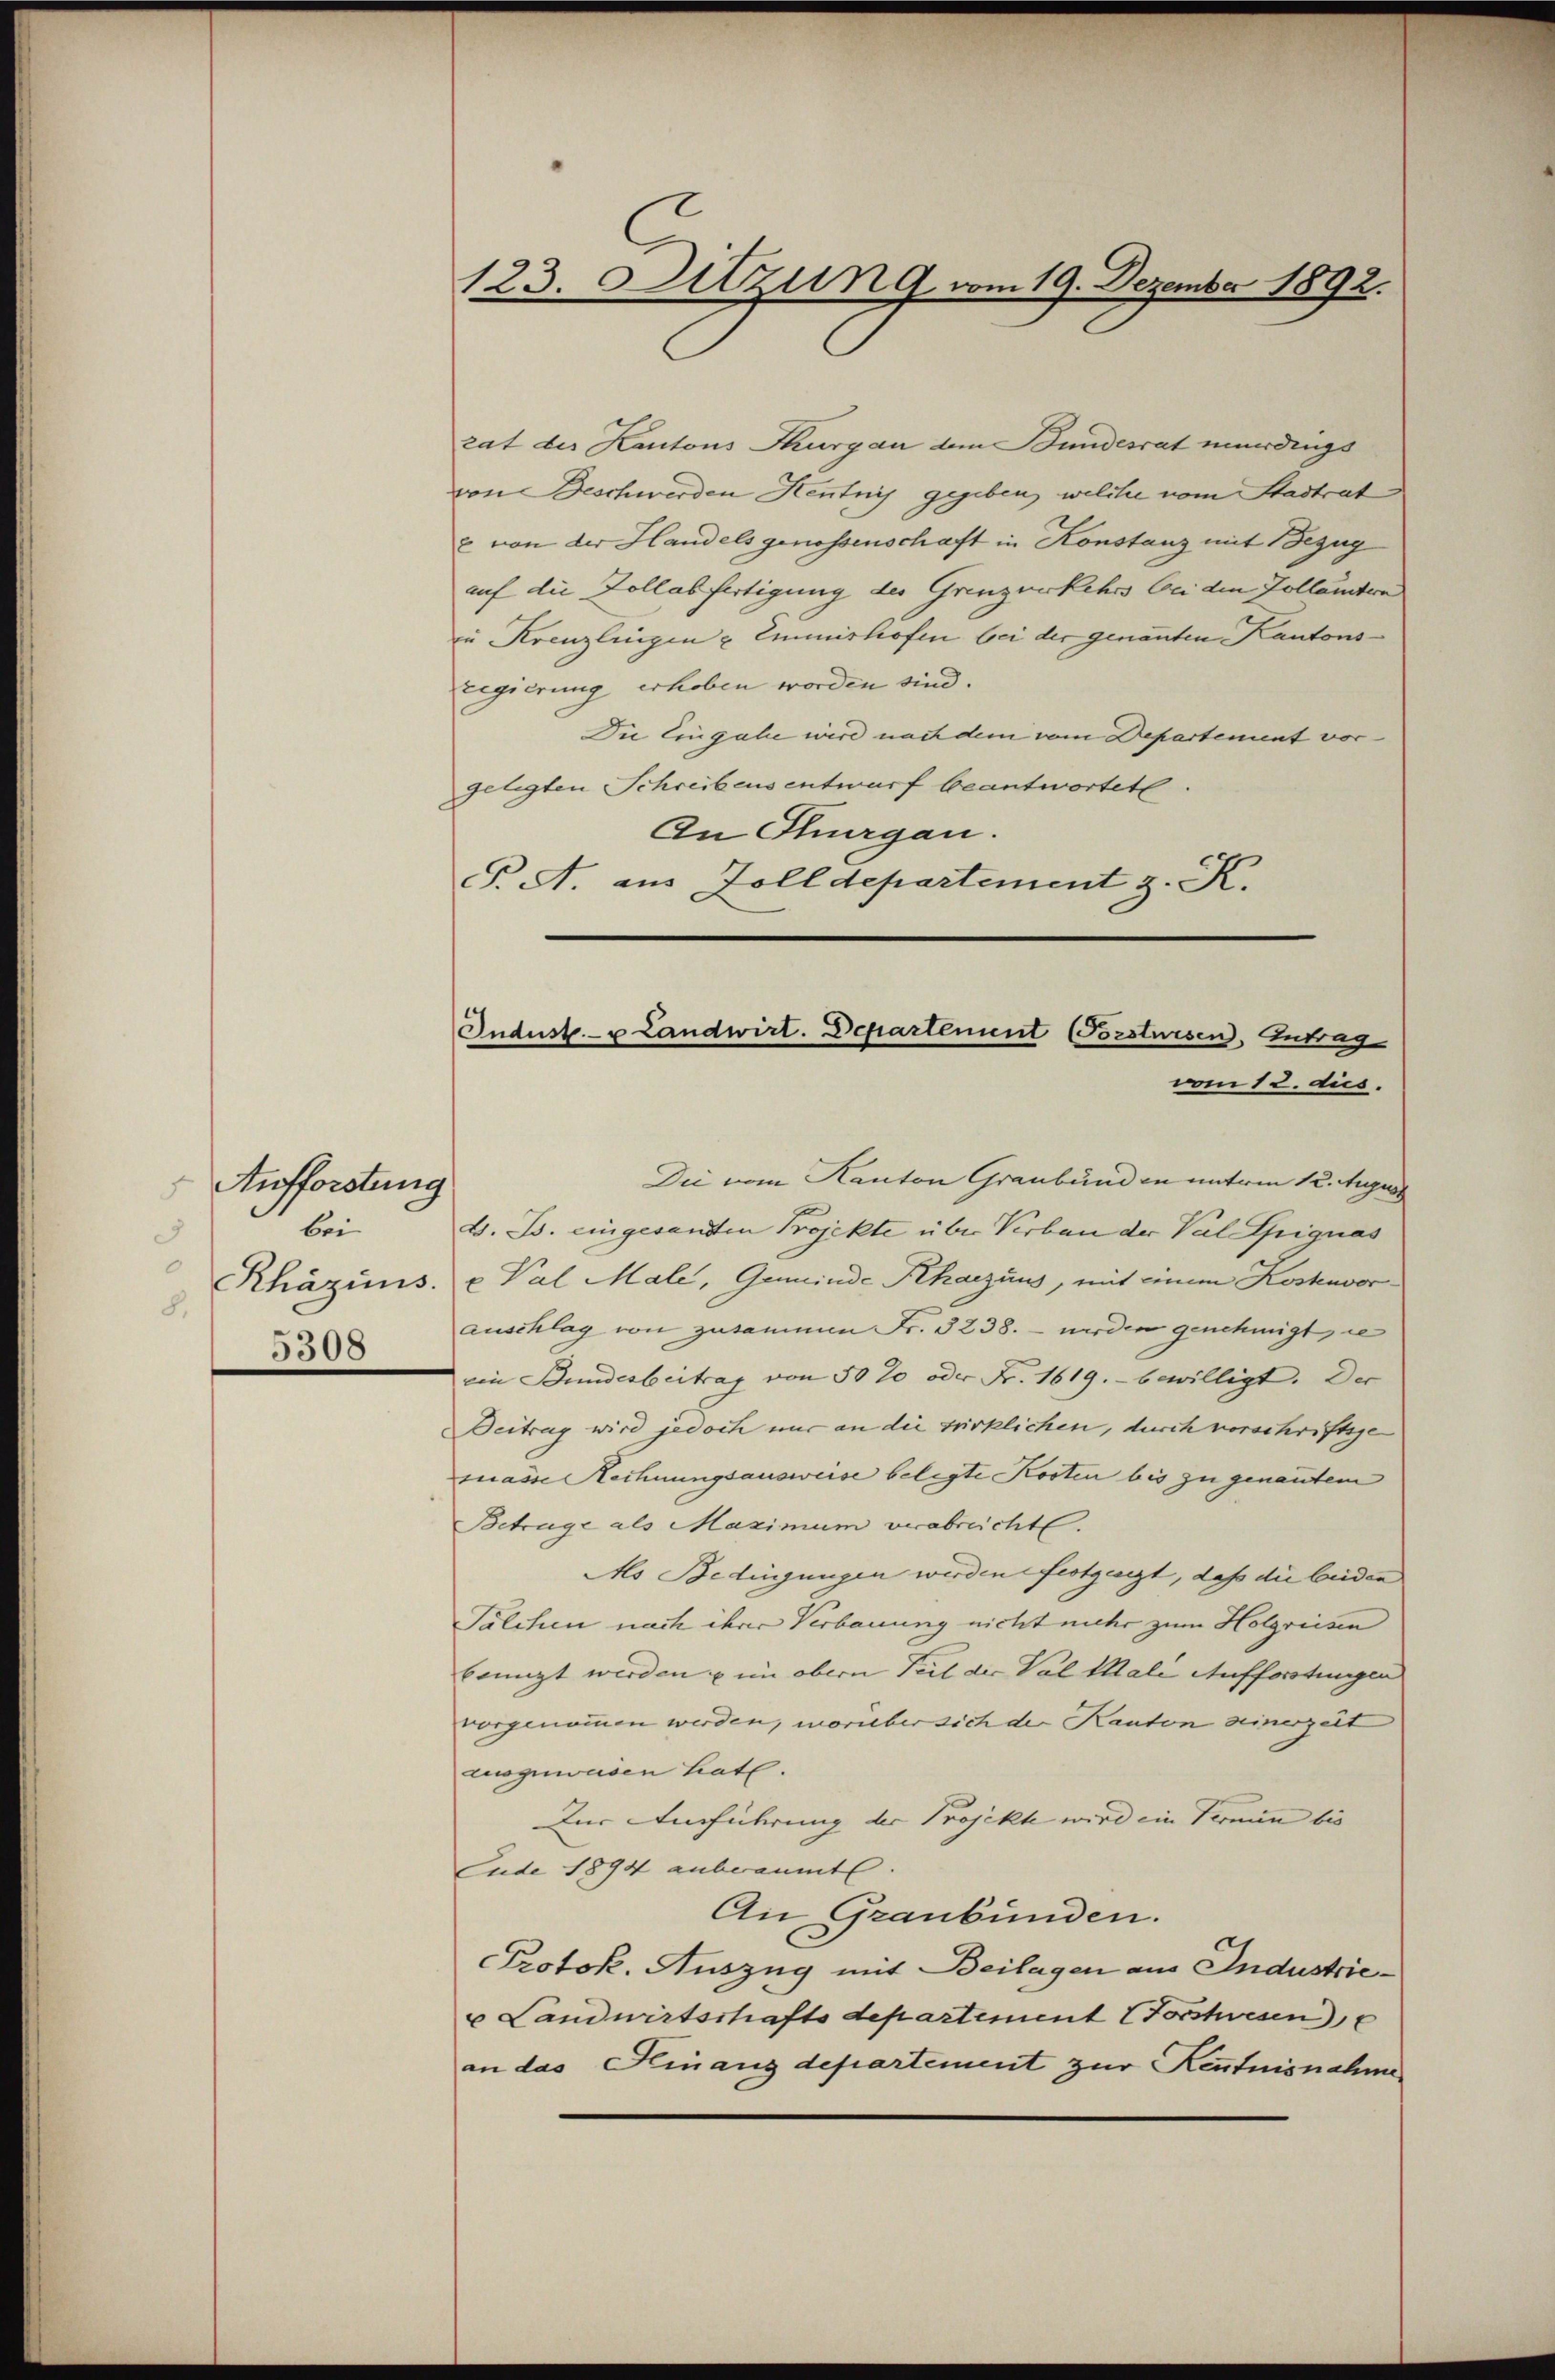
Aufforstung
bei
3
0
Rhäzinis.
8.
5308

123. Sitzung vom 19. Dezember 1892.

rat der Kantons Thurgau dem Bundesrat wurdings
von Beschwerden Kentnis gegeben, welche vom Stadtrat
B. von der Handels genossenschaft in Konstanz mit Bezug
auf die Hollabfertigung des Grenzukehrs bei den Zollämtern
in Krenzlingen u Emmishofen bei der genannten Kantonsregierung erhoben worden sind.
Die Eingabe wird nach dem vom Departement vor¬
Gelegten Schreibens entwurf beantwortete.
An Thurgau.
F. A aus Zolldepartement z. K.
Die vom Kanton Graubünden unterm 12. Augus
d. B. eingesandten Projekte über Verbau der Val Signas
x Val Male, Gemeinde Khaczius, mit einem Kostenvorauschlag von zusammen Fr. 3238. - werden genehmigt sie
ein Bundesbeitrag von 50 % oder Fr. 1619. bewilligt. Der
Beitrag wird jedoch nur an die wirklichen, durch vorschriftige
masse Rechnungsausweise belegte Kosten bis zu genanntem
Betrage als Maximum verabreicht.
Ao Bedingungen werden festgart, daß die beiden
Talchen nach ihrer Verbauung nicht mehr zum Holgreisen
beengt werden u im obern Teil der Val Male Aufforstungen
vorgenommen werden, worüber sich der Kanton seinerzeit
ausgewesen hat.
Zur Einführung der Projekte wird ein Termin bis
Jude 1894 anberaumt. |
An Graubünden.
Protok. Auszug mit Beilagen aus Industrie¬
u Landwirtschaftsdepartement Vorstwesen
an das Finanzdepartement zur Kenntnisnahme

Indust- u Landwirt. Departement (Forstwesen, Antrag
vom 12. dus.